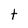
Character: t